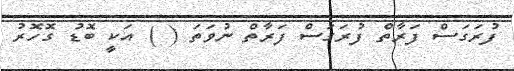
ފުރަގަސް ފަރާތް ފުރަގަސް ފަރާތް ނުވަތަ ( ) އަކީ ބޮޑު ގޮހޮރު